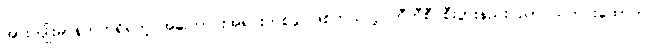
အားကျိုးမာန်တက်ရှိရတဲ့ အကြောင်းအရင်းတစ်ခု ဖြစ်တယ်လို့ ဘီဘီစီ စီးပွားနည်းပညာ သတင်းထောက်